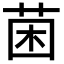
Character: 𮏄